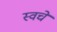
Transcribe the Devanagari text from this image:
स्वचे